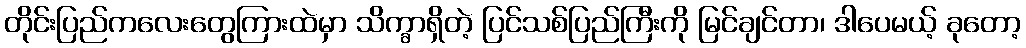
တိုင်းပြည်ကလေးတွေကြားထဲမှာ သိက္ခာရှိတဲ့ ပြင်သစ်ပြည်ကြီးကို မြင်ချင်တာ၊ ဒါပေမယ့် ခုတော့